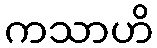
ကသာဟိ